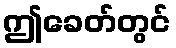
ဤခေတ်တွင်